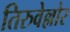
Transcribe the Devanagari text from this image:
तिरुवेल्लोर